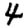
Digit: 4